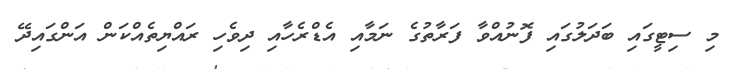
މި ސިޓީގައި ބަދަލުގައި ފޮނުއްވާ ފަރާތުގެ ނަމާއި އެޑްރެހާއި ދިވެހި ރައްޔިތެއްކަން އަންގައިދޭ